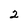
Character: 2